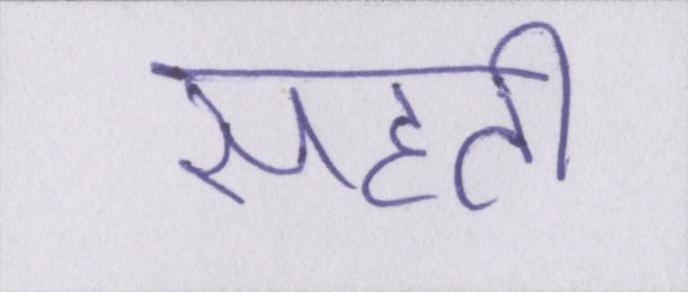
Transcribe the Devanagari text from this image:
सहती